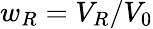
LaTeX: w_{R}=V_{R}/V_{0}